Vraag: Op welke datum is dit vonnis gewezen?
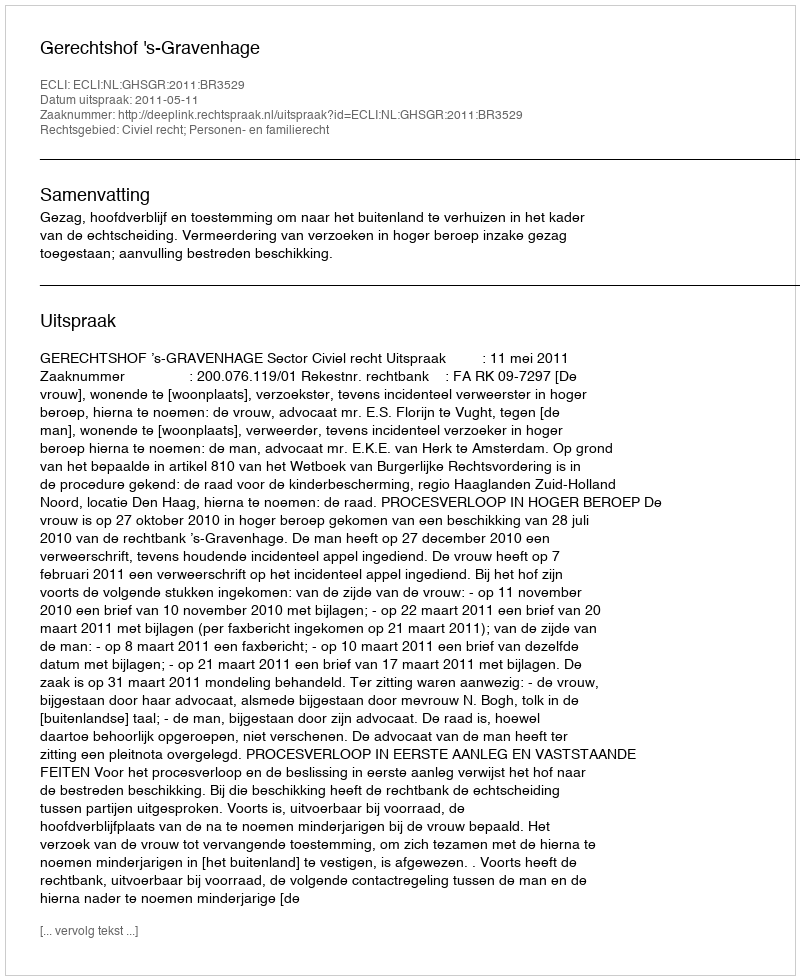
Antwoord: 2011-05-11